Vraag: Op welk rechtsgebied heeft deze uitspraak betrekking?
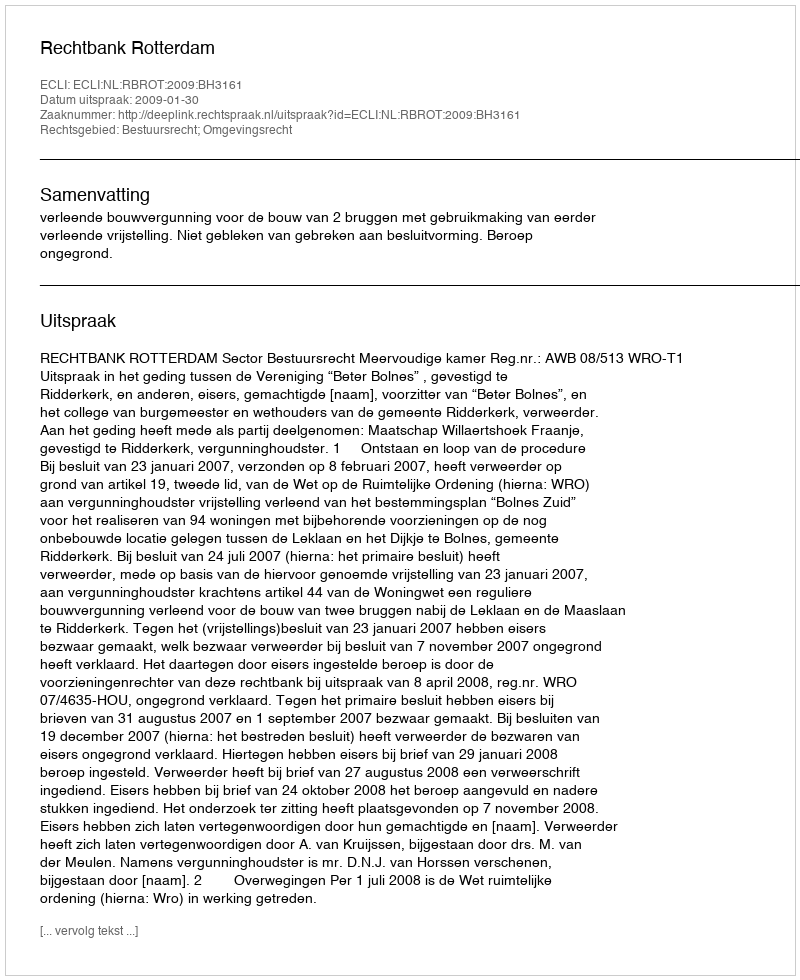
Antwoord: Bestuursrecht; Omgevingsrecht